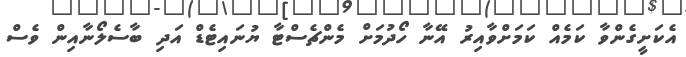
އެކަށީގެންވާ ކަމެއް ކަމަށްވާއިރު އޭނާ ހޯދުމަށް މެންޗެސްޓާ ޔުނައިޓެޑް އަދި ބާސެލޯނާއިން ވެސް